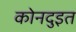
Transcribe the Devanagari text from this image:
कोनदुइत